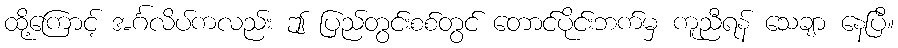
ထို့ကြောင့် အင်္ဂလိပ်ကလည်း ဤ ပြည်တွင်းစစ်တွင် တောင်ပိုင်းဘက်မှ ကူညီရန် သေချာ နေပြီ။